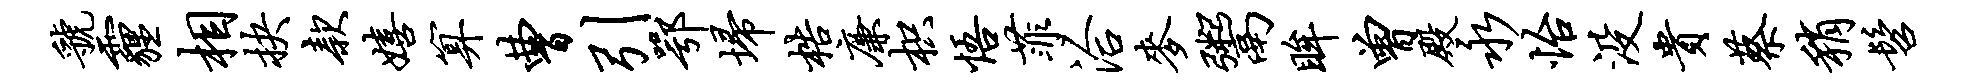
虢霾相抉款嬉算曹引鄂埽梏廉枳悟菲洽麦鬻眸曾殿永怡没贵蔡稍髫